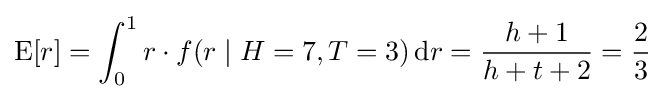
\operatorname {E} [r]=\int _{0}^{1}r\cdot f(r\mid H=7,T=3)\,\mathrm {d} r={\frac {h+1}{h+t+2}}={\frac {2}{3}}